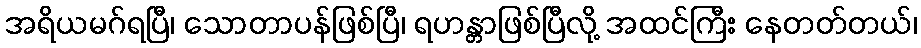
အရိယမဂ်ရပြီ၊ သောတာပန်ဖြစ်ပြီ၊ ရဟန္တာဖြစ်ပြီလို့ အထင်ကြီး နေတတ်တယ်၊